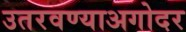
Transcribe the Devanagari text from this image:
उतरवण्याअगोदर